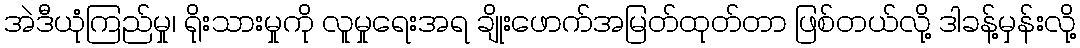
အဲဒီယုံကြည်မှု၊ ရိုးသားမှုကို လူမှုရေးအရ ချိုးဖောက်အမြတ်ထုတ်တာ ဖြစ်တယ်လို့ ဒါခန့်မှန်းလို့